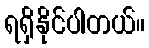
ရရှိနိုင်ပါတယ်။